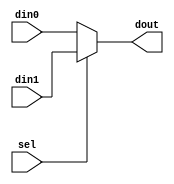
module kaiguan(din0,dout,din1,sel);
parameter N=8;
input[N-1:0] din0;
output[N-1:0] dout;
input[N-1:0] din1;
input sel;
wire[N-1:0] MW_din0l;
wire[N-1:0] MW_din1l;
reg[N-1:0] MW_dtempl;
always@(MW_din0l or MW_din1l or sel)
begin
  case(sel)
  1'd0:MW_dtempl=MW_din0l;
  default:MW_dtempl=MW_din1l;
  endcase
  end
assign dout=MW_dtempl;
assign MW_din0l=din0;
assign MW_din1l=din1;
endmodule